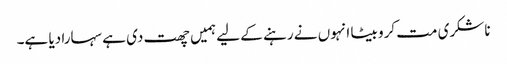
ناشکری مت کرو بیٹا انہوں نے رہنے کے لیے ہمیں چھت دی ہے سہارا دیا ہے۔